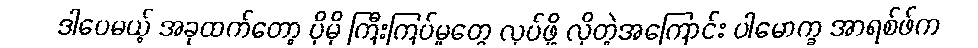
ဒါပေမယ့် အခုထက်တော့ ပိုမို ကြီးကြပ်မှုတွေ လုပ်ဖို့ လိုတဲ့အကြောင်း ပါမောက္ခ အာရစ်ဖ်က